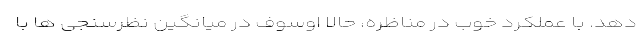
دهد. با عملکرد خوب در مناظره، حالا اوسوف در میانگین نظرسنجی ها با